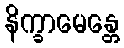
နိက္ခာမေန္တေ